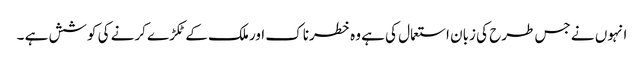
انہوں نے جس طرح کی زبان استعمال کی ہے وہ خطرناک اور ملک کے ٹکڑے کرنے کی کوشش ہے ۔